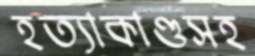
হত্যাকাণ্ডসহ